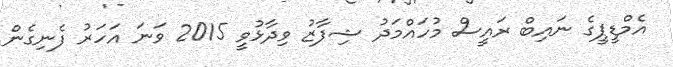
އެމްޑީޕީގެ ނައިބް ރައީސް މުހައްމަދު ޝިފާޒު ވިދާޅުވީ 2015 ވަނަ އަހަރު ފެނިގެން